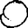
Digit: 0